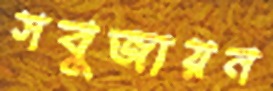
সবুজায়ন